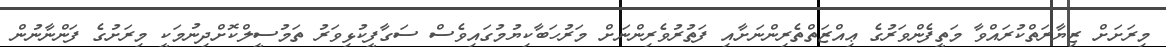
މިރަށަށް ޒިޔާރަތްކުރައްވާ މަތީފެންވަރުގެ ޢިއްޒަތްތެރިންނަށާއި ފަތުރުވެރިންނަށް މަރުހަބާކިޔުމުގައިވެސް ސަގާފީކުޅިވަރު ތަމުސީލްކޮށްދިނުމަކީ މިރަށުގެ ފަންނާނުން